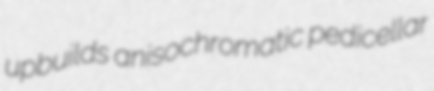
upbuilds anisochromatic pedicellar